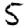
Digit: 5